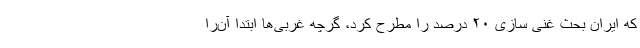
که ایران بحث غنی سازی ۲۰ درصد را مطرح کرد، گرچه غربی‌ها ابتدا آن‌را